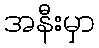
အနီးမှာ